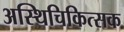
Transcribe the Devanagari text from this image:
अस्थिचिकित्सक